Leningradi_Edasi_toimetus, lk 158
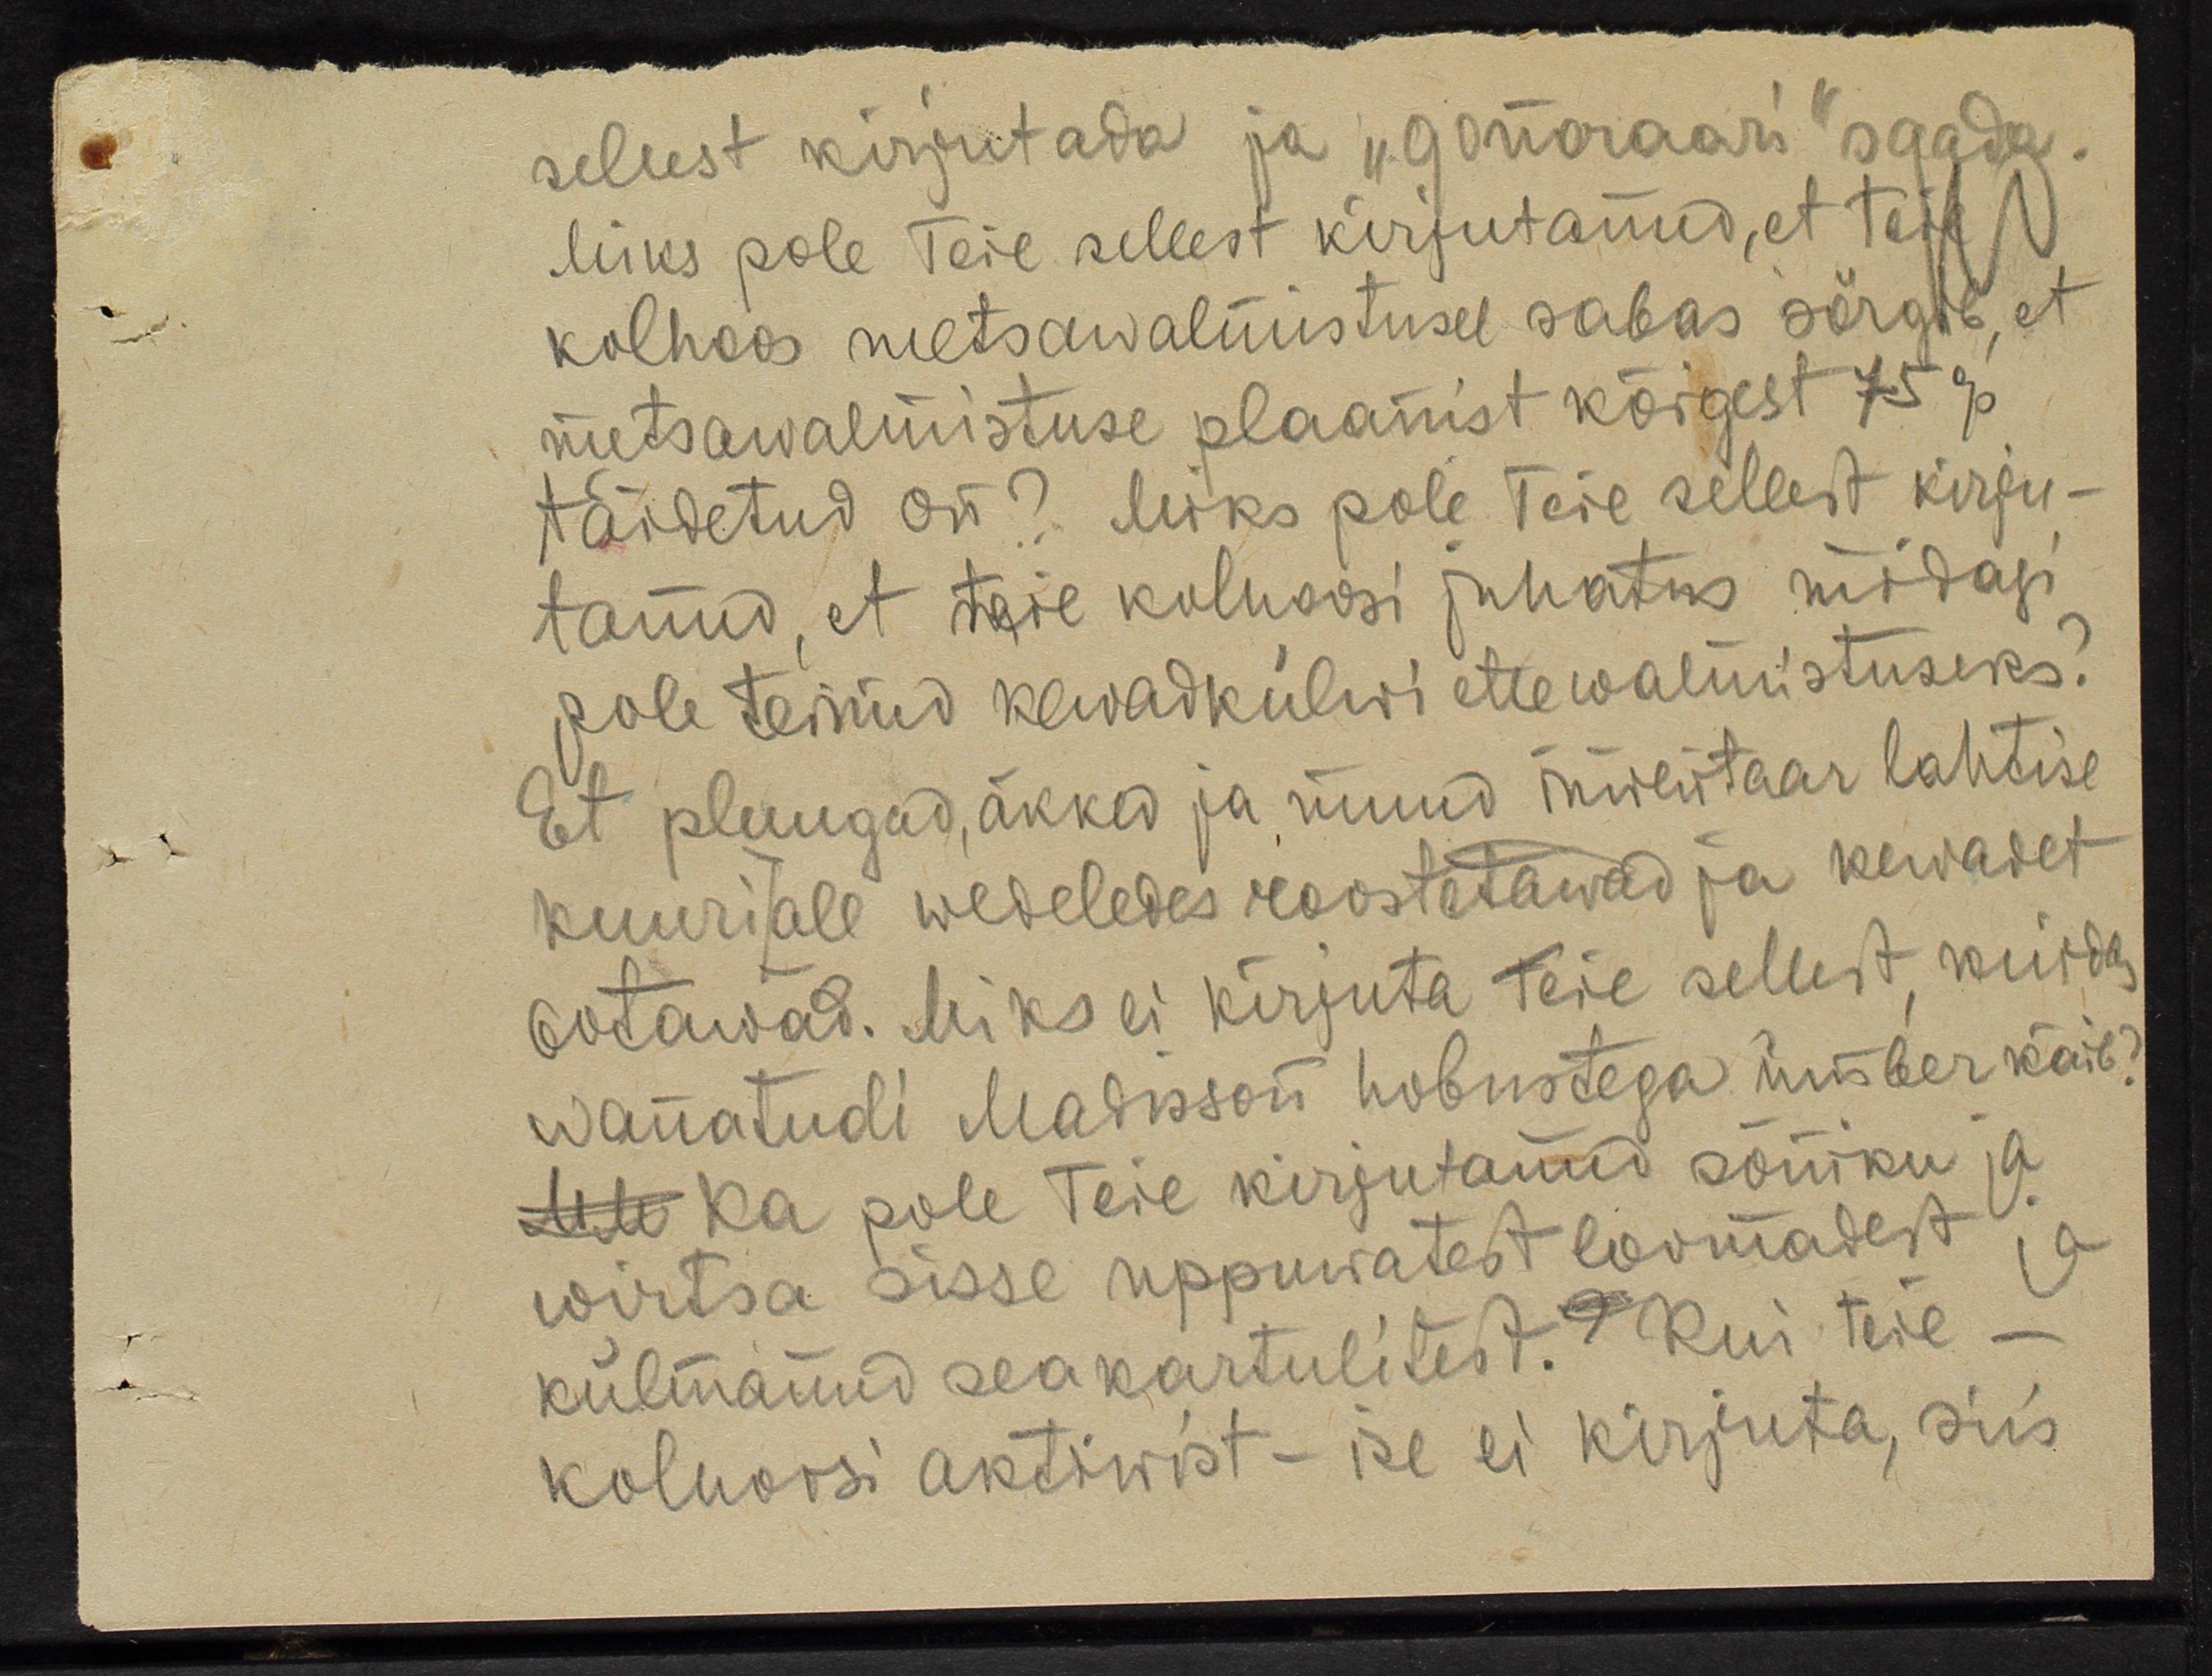
sellest kirjutada ja "gonoraari" saada.
Miks pole Teie sellest kirjutanud, et Teie
kolhoos metsawalmistusel sabas sörgib, et
metsawalmistuse plaanist kõigest 75%
täidetud on? Miks pole Teie sellest kirju-
tanud, et teie kolhoosi juhatus midagi
pole teinud kewadkülwi ettewalmistuseks?
Et pluugad, äkked ja muud inwentaar lahtise
kuuri all wedeldes roostetawad ja kewadet
ootawad. Miks ei kirjuta Teie sellest kuidas
wanatudi Madisson hobustega ümber käib?
MM Ka pole Teie kirjutanud sõniku ja
wirtsa sisse uppuwatest loomadest, ja
külmanud sea kartulitest. Kui teie -
kolhoosi aktiwist - ise ei kirjuta, siis